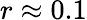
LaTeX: r\approx 0.1